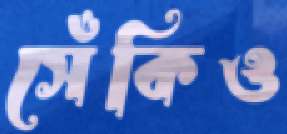
সেঁকিও